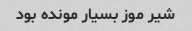
شیر موز بسیار مونده بود